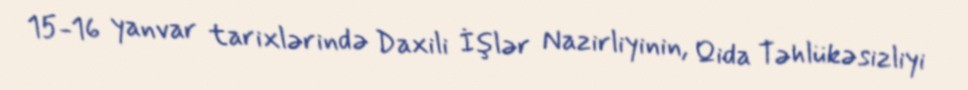
15-16 yanvar tarixlərində Daxili İşlər Nazirliyinin, Qida Təhlükəsizliyi